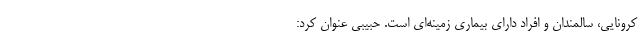
کرونایی، سالمندان و افراد دارای بیماری زمینه‌ای است. حبیبی عنوان کرد: